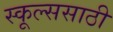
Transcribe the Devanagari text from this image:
स्कूल्ससाठी